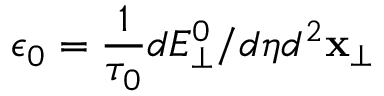
\epsilon _ { 0 } = \frac { 1 } { \tau _ { 0 } } d E _ { \perp } ^ { 0 } / d \eta d ^ { 2 } \mathbf { x } _ { \perp }